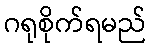
ဂရုစိုက်ရမည်